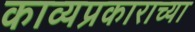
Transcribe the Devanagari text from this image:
काव्यप्रकाराच्या